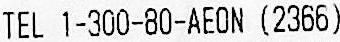
TEL 1-300-80-AEON (2366)